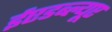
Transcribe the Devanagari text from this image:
ईएडब्ल्यूए